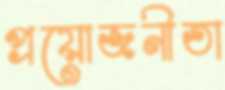
প্রয়োজনীতা